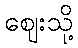
ဈေးသို့